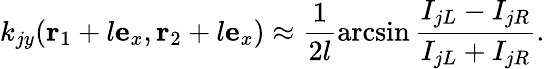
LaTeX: k_{jy}(\mathbf{r}_{1}+l\mathbf{e}_{x},\mathbf{r}_{2}+l\mathbf{e}_{x})\approx\frac{1}{2l}\arcsin\frac{I_{jL}-I_{jR}}{I_{jL}+I_{jR}}.